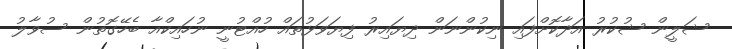
ޝަލީން ޝުކުރު އަދާކޮށްފައި ނިކުންނަން ދިޔައިރު ފިޔަވަޅުތައް ހުއްޓުނީ ނުހައިކްއާ ބެހޭގޮތުން ސުވާލު